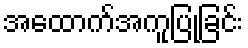
အထောက်အကူပြုခြင်း